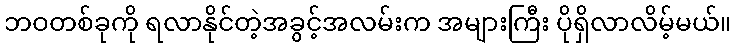
ဘဝတစ်ခုကို ရလာနိုင်တဲ့အခွင့်အလမ်းက အများကြီး ပိုရှိလာလိမ့်မယ်။